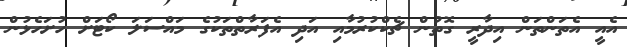
އެއީ އެތަންތަން އިދާރީ ގޮތުން ޗެކްކުރުމާއި އަދި އެފަރާތްތަކުގެ މައްސަލަ ކޯޓަށް ހުށަހެޅުން